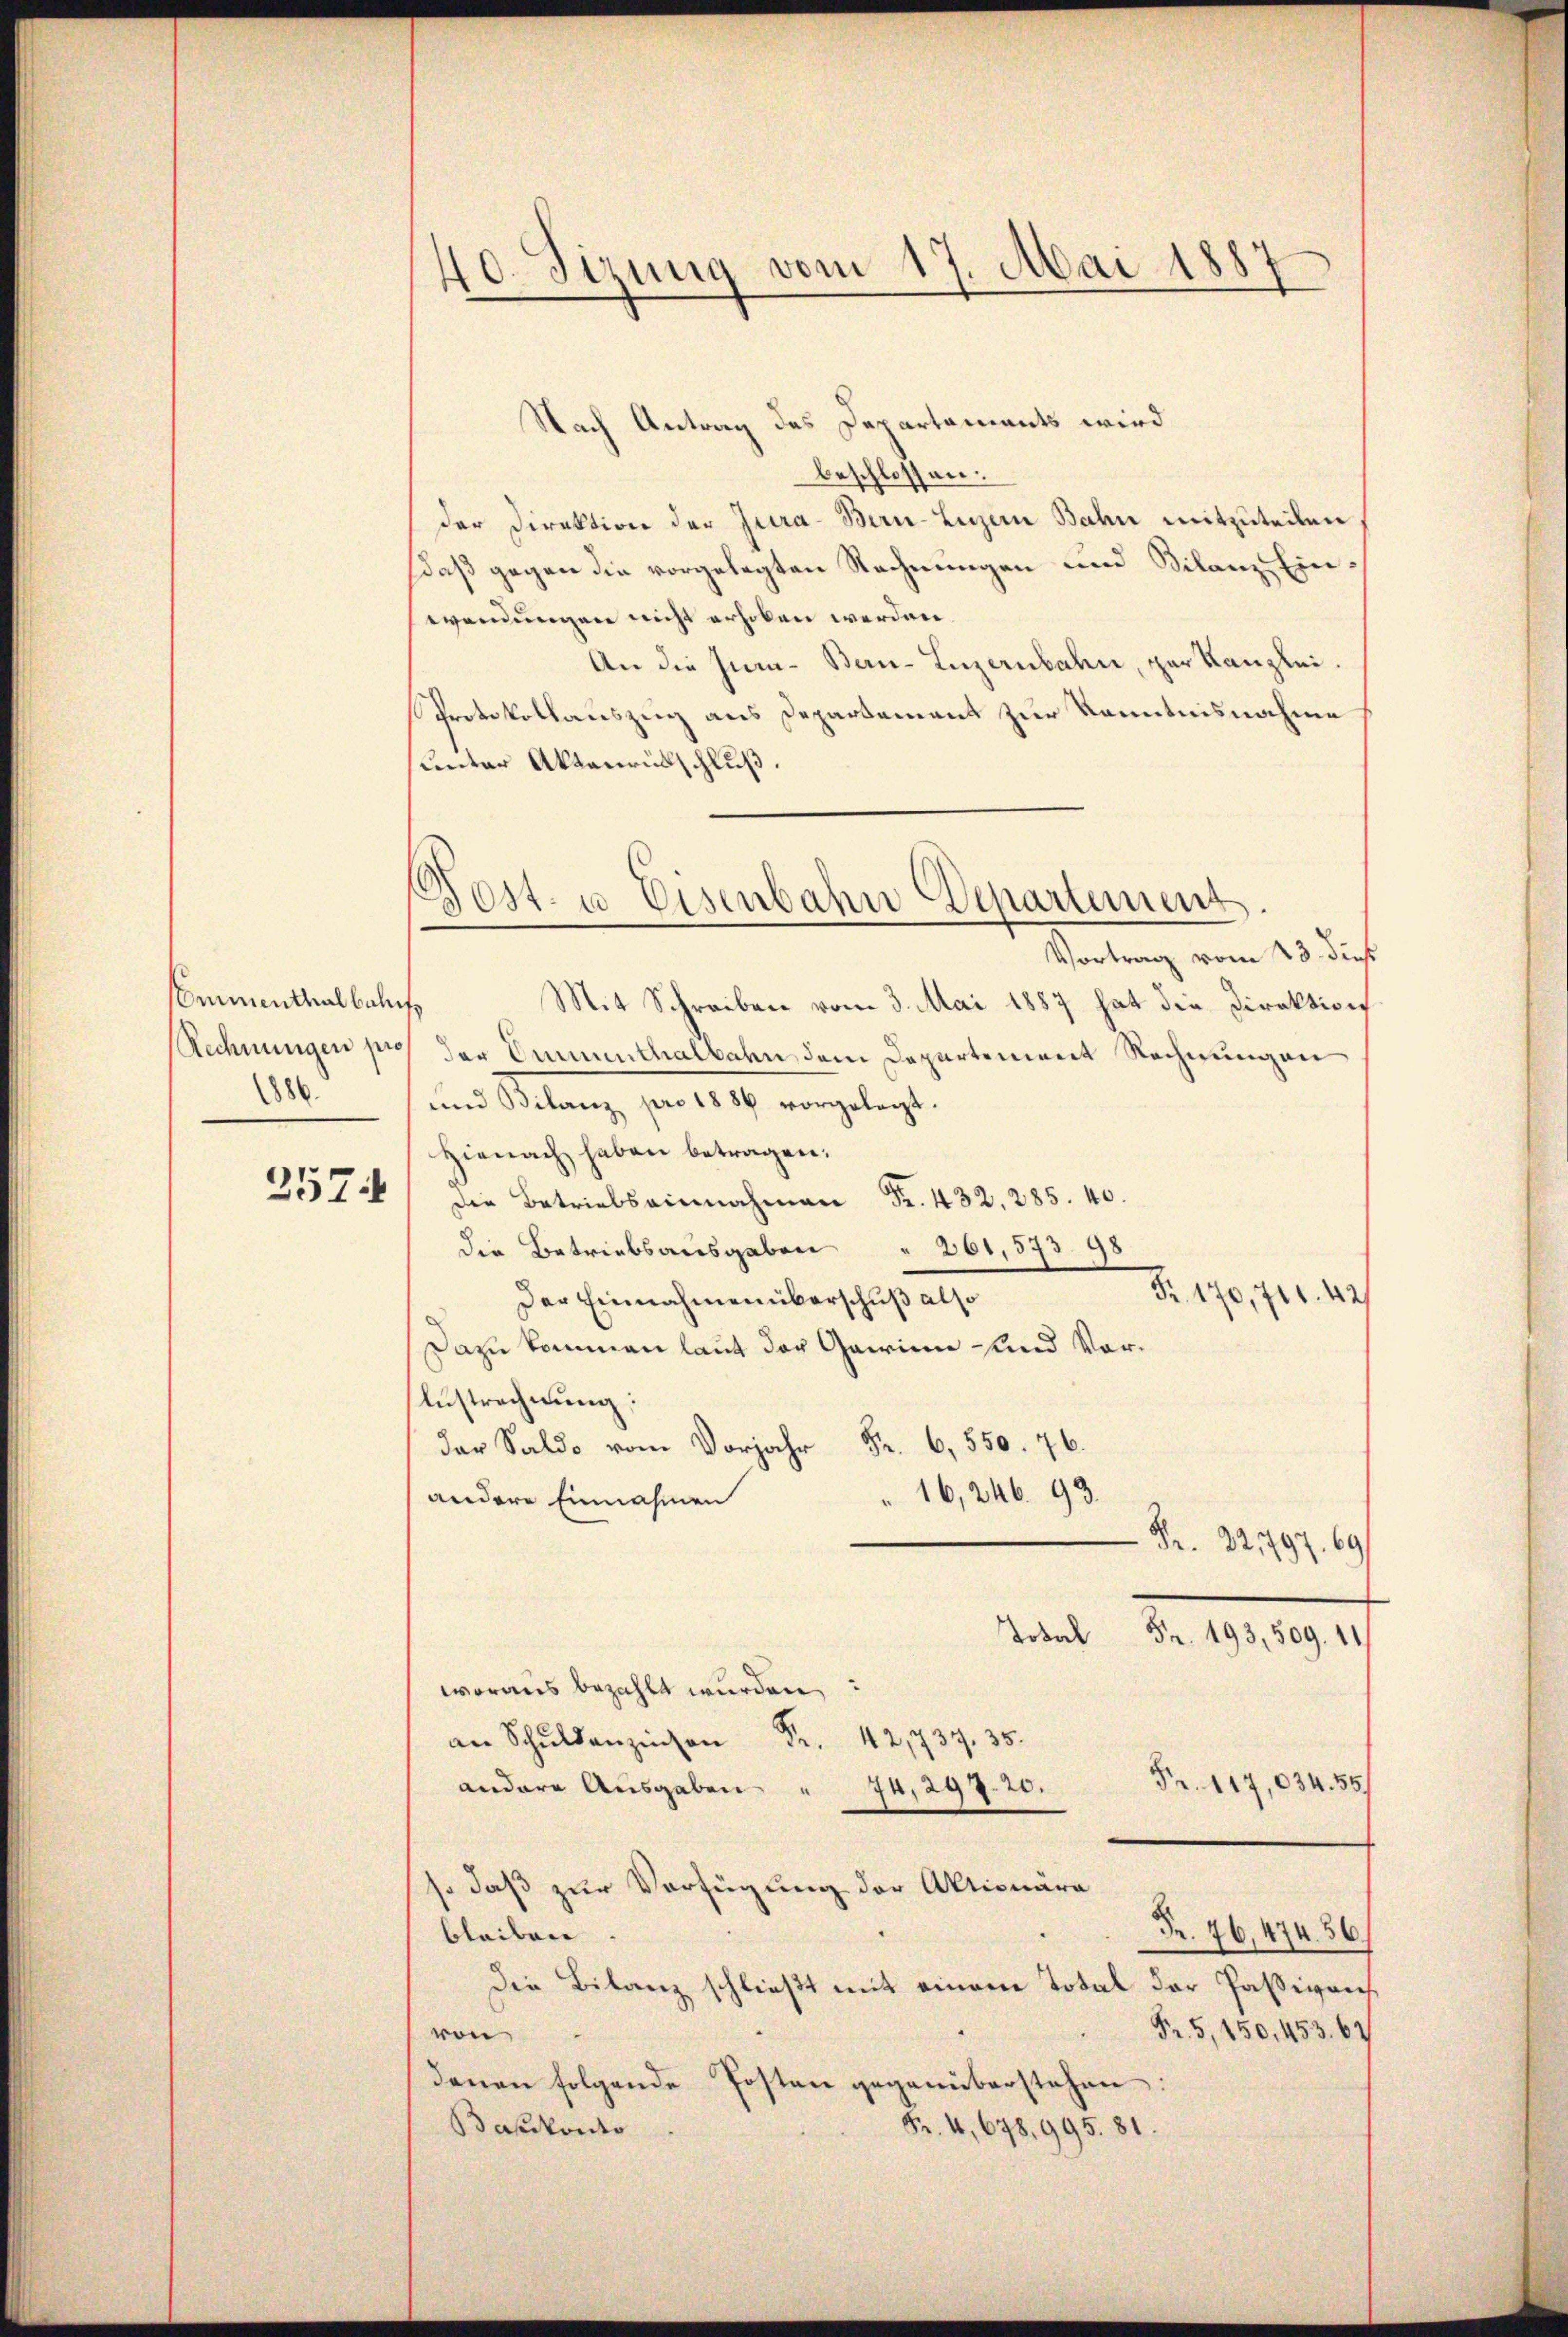
mimenthal behuf
1886

257

40. Sizung vom 17. Mai 1887
e

Dost- u. Eisenbahn Departement

Nach Antrag des Departaments wird
beschlossen.
der Direktion der Jura-Bern-Luzern Bahn mitzuteilen
daß gegen die vorgelegten Rechnungen und Bilanze Ein
wendungen nicht erhoben werden.
An die Inn- Bern-Luzernbahn, zur Kanzlei.
Protokollauszug aus Departement zur Kenntnisnahme
sunter Aktenrückschluß.
Vortrag vom 23. dieß
Mit Schreiben vom 3. Mai 1887 hat die Direktion
Rechnungen pro der Emmenthalbahn, dem Departement Rechnungen
und Melange, per 1819. vorgelegt.
Hienach haben betragen.
die Betriebseinnahmen Fr. 432, 285. 40.
die Betriebsausgaben " 261,573. 98
Fr. 170, 711. 42
Der Einnahmen überschuß also
Dazu kommen laut der Gawinn und Vor¬
Austrechnung:
.
16,246. 93.
andere Einnahmen
¬
Fr. 22797. e.
 Fr. 193, 509. 11
woraus bezahlt wurden,
a Schulden Fr. 42,737. 35.
Fr. 117,034. 55
andere Ausgaben " 74, 297. 20.
so daß zur Verfügung der Aktionära
Fr. 76,474. 56.
bleiben
Die Bilanz schließt mit einem Total der Passivens
Fr. 5, 150, 453. 67
von
denen folgende Posten gegenüberstehen:
Fr. 4, 678, 995. 81.
Bapskonto